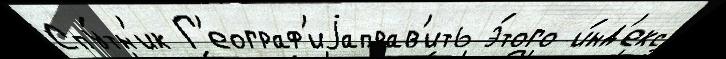
Спу́тн'ик Г'еограф'иjаправ'ить э́того и́нд'екс